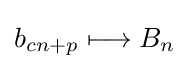
b_{cn+p}\longmapsto B_{n}